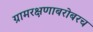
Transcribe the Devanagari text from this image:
ग्रामरक्षणाबरोबरच